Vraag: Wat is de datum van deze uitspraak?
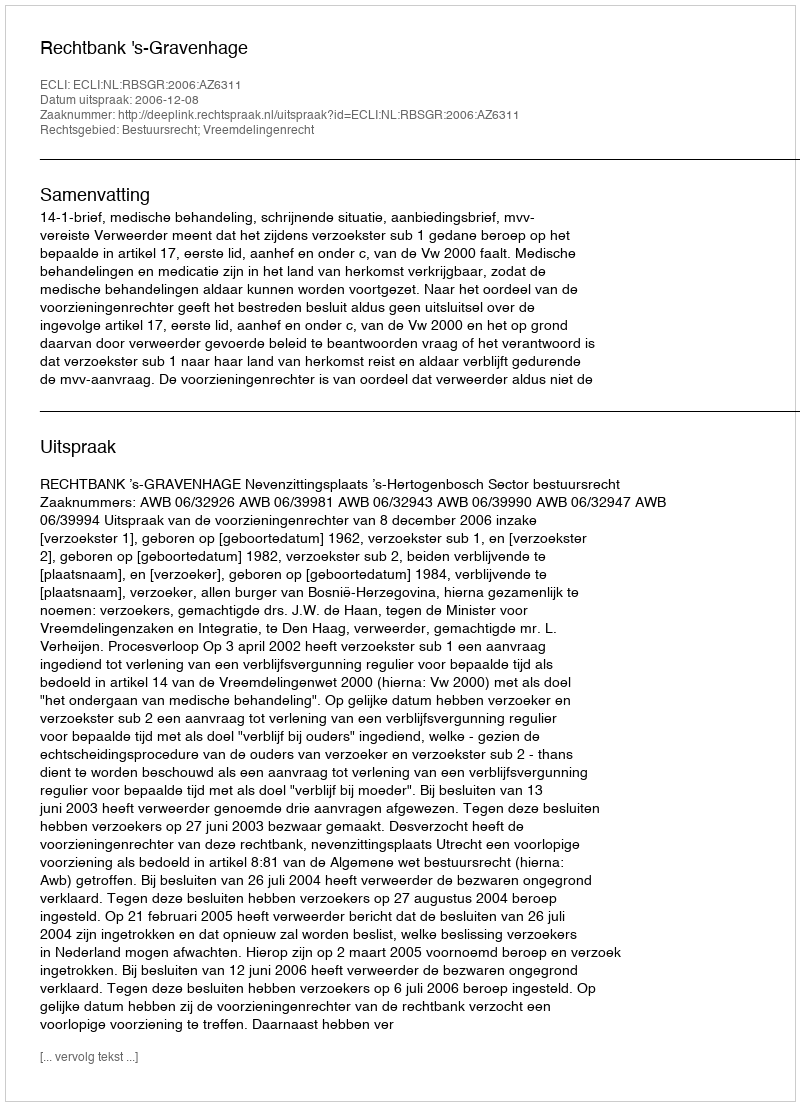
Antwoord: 2006-12-08